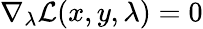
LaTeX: \nabla_{\lambda}{\mathcal{L}}(x,y,\lambda)=0